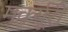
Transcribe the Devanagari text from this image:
मर्क्यूरी